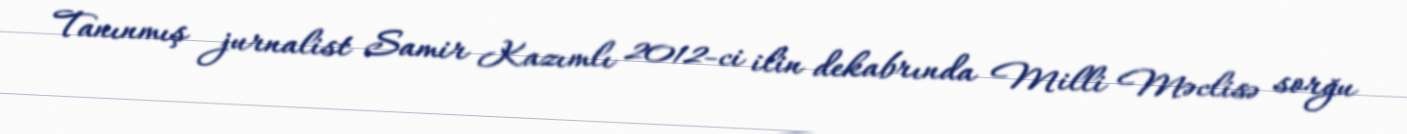
Tanınmış jurnalist Samir Kazımlı 2012-ci ilin dekabrında Milli Məclisə sorğu